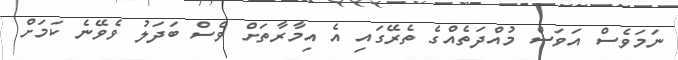
ނަމަވެސް އަވަސް މުއްދަތެއްގެ ތެރޭގައި އެ އިމާރާތަށް ވެސް ބަދަލު ވެވޭނެ ކަމަށް